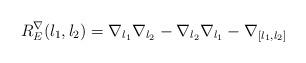
LaTeX: \begin{align*}R_E^{\nabla}(l_1,l_2)=\nabla_{l_1}\nabla_{l_2}-\nabla_{l_2}\nabla_{l_1}-\nabla_{[l_1,l_2]}\end{align*}